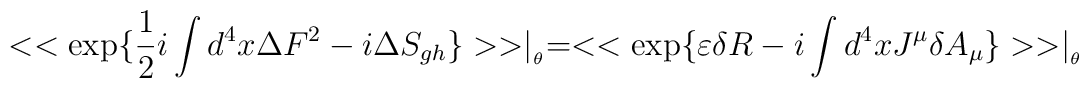
<<\exp \{\frac{1}{2}i\int d^{4}x\Delta F^{2}-i\Delta S_{gh}\}>>\mid _{_{\theta }}=<<\exp \{\varepsilon \delta R-i\int d^{4}xJ^{\mu }\delta A_{\mu }\}>>\mid _{_{\theta }}